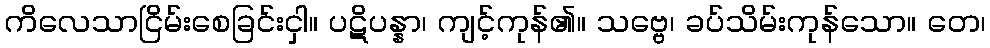
ကိလေသာငြိမ်းစေခြင်းငှါ။ ပဋိပန္နာ၊ ကျင့်ကုန်၏။ သဗ္ဗေ၊ ခပ်သိမ်းကုန်သော။ တေ၊